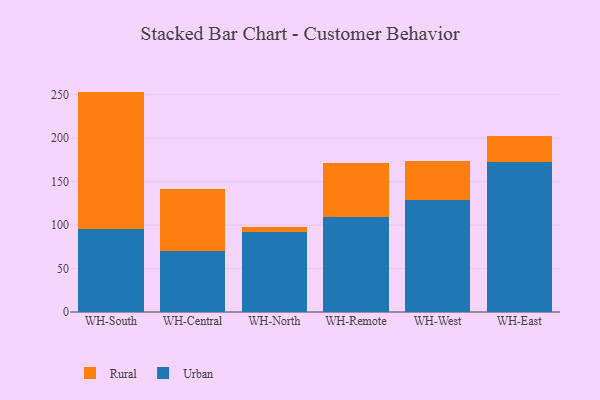
{"axis": {"x": "Warehouse", "y": "Tickets Resolved"}, "legend": ["Rural", "Urban"], "data": [{"x": "WH-South", "y": 95.3, "type": "Urban"}, {"x": "WH-South", "y": 158.3, "type": "Rural"}, {"x": "WH-Central", "y": 70.4, "type": "Urban"}, {"x": "WH-Central", "y": 71.2, "type": "Rural"}, {"x": "WH-North", "y": 92.0, "type": "Urban"}, {"x": "WH-North", "y": 5.7, "type": "Rural"}, {"x": "WH-Remote", "y": 109.8, "type": "Urban"}, {"x": "WH-Remote", "y": 61.1, "type": "Rural"}, {"x": "WH-West", "y": 128.4, "type": "Urban"}, {"x": "WH-West", "y": 45.8, "type": "Rural"}, {"x": "WH-East", "y": 172.9, "type": "Urban"}, {"x": "WH-East", "y": 29.5, "type": "Rural"}]}